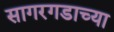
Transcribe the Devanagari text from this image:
सागरगडाच्या